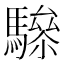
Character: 𩥵